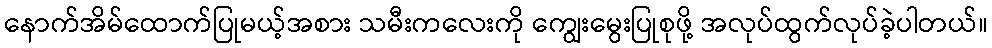
နောက်အိမ်ထောက်ပြုမယ့်အစား သမီးကလေးကို ကျွေးမွေးပြုစုဖို့ အလုပ်ထွက်လုပ်ခဲ့ပါတယ်။